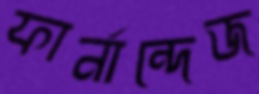
ফার্নান্দেজ